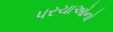
પરચાઓનો